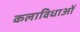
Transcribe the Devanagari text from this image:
कलाविधाओं